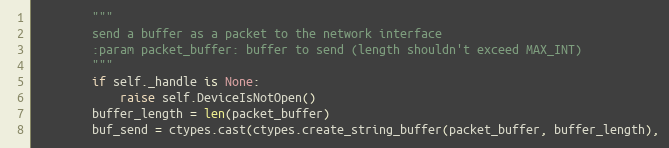
Language: Python
        """
        send a buffer as a packet to the network interface
        :param packet_buffer: buffer to send (length shouldn't exceed MAX_INT)
        """
        if self._handle is None:
            raise self.DeviceIsNotOpen()
        buffer_length = len(packet_buffer)
        buf_send = ctypes.cast(ctypes.create_string_buffer(packet_buffer, buffer_length),